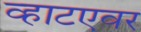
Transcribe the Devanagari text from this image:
व्हाटएवर